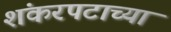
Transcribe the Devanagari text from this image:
शंकरपटाच्या